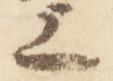
上